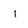
Character: i